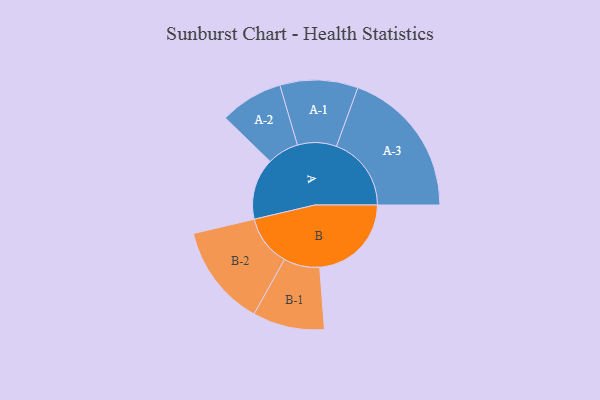
{"axis": {"x": "Segment", "y": "Value"}, "legend": ["", "A", "B"], "data": [{"x": "A", "y": 241, "type": ""}, {"x": "B", "y": 360, "type": ""}, {"x": "A-1", "y": 153, "type": "A"}, {"x": "A-2", "y": 124, "type": "A"}, {"x": "A-3", "y": 294, "type": "A"}, {"x": "B-1", "y": 141, "type": "B"}, {"x": "B-2", "y": 200, "type": "B"}]}